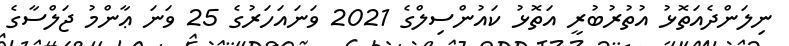
ނިލަންދެއަތޮޅު އުތުރުބުރީ އަތޮޅު ކައުންސިލްގެ 2021 ވަނައަހަރުގެ 25 ވަނަ ޢާންމު ޖަލްސާގެ